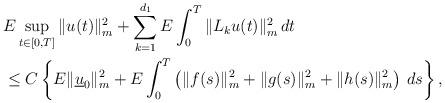
LaTeX: \begin{align*}&E\sup_{t\in[0,T]}\|u(t)\|_m^2+\sum_{k=1}^{d_1}E\int_{0}^T\|L_ku(t)\|_m^2\,dt\\&\leq C\left\{E\|\underline{u}_0\|_m^2 + E\int_{0}^T \left(\|f(s)\|_m^2+\|g(s)\|_m^2+\|h(s)\|_m^2\right)\,ds\right\},\end{align*}